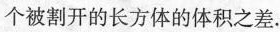
个被割开的长方体的体积之差。